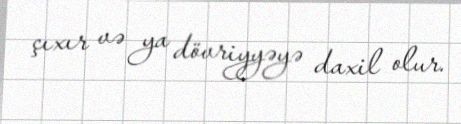
çıxır və ya dövriyyəyə daxil olur.